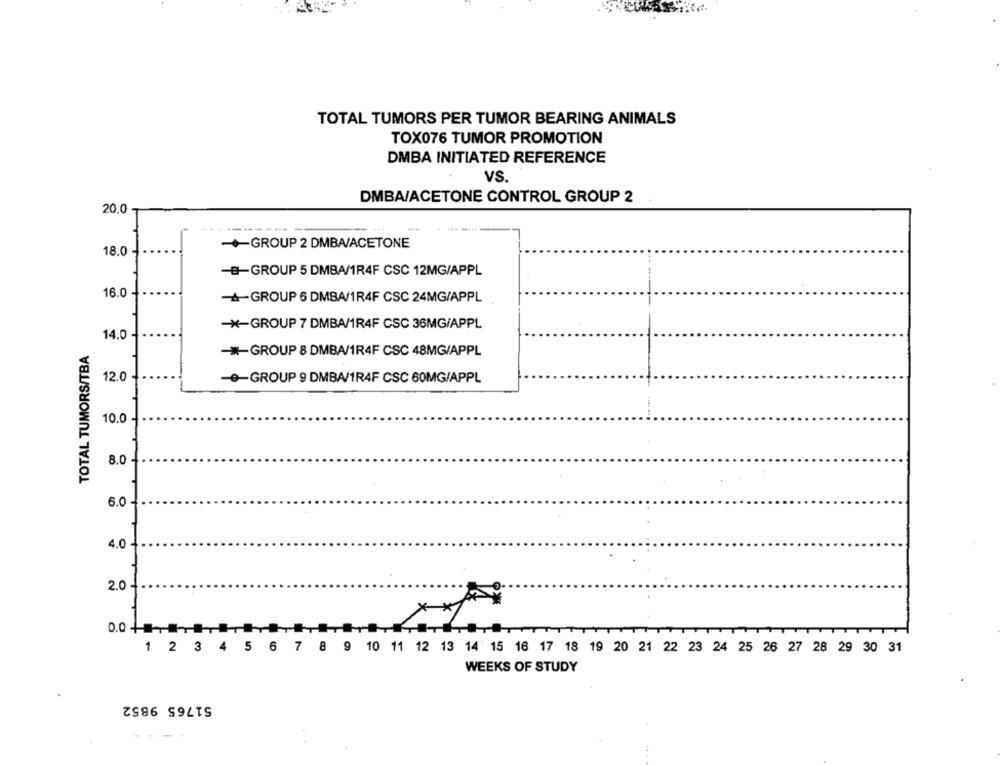
TOTAL TUMORS PER TUMOR BEARING ANIMALS
TOX076 TUMOR PROMOTION
DMBA INITIATED REFERENCE
VS.
DMBA/ACETONE CONTROL GROUP 2
20.0
-GROUP 2 DMBA/ACETONE
18.0
-B-GROUP 5 DMBAM1R4F CSC 12MG/APPL
16.0
-A-GROUP 6 DMBA/1R4F CSC 24MG/APPL
-*- GROUP 7 DMBA/1R4F CSC 36MG/APPL
14.0 -
TOTAL TUMORS/TBA
-*- GROUP 8 DMBA/1R4F CSC 48MG/APPL
12.0
-e-GROUP 9 DMBA/1R4F CSC 60MG/APPL
10.0 -
8.0-
6.0
4.0 -
.
2.0 -.
*
0.0 +
1 2 3 4 5 6 7 8 9 10 11 12 13 14 15 16 17 18 19 20 21 22 23 24 25 26 27 28 29 30 31
WEEKS OF STUDY
51765 9852
: